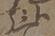
弘